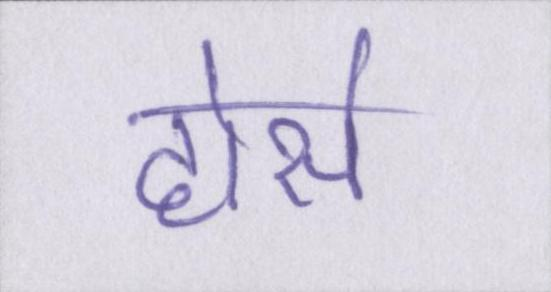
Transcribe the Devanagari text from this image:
होर्स